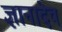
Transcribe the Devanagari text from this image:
ज्ञानादेव